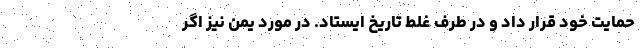
حمایت خود قرار داد و در طرف غلط تاریخ ایستاد. در مورد یمن نیز اگر